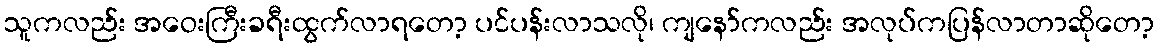
သူကလည်း အဝေးကြီးခရီးထွက်လာရတော့ ပင်ပန်းလာသလို၊ ကျနော်ကလည်း အလုပ်ကပြန်လာတာဆိုတော့